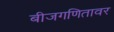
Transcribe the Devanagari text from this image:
बीजगणितावर